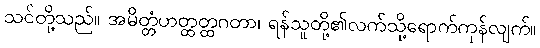
သင်တို့သည်။ အမိတ္တံဟတ္ထတ္ထဂတာ၊ ရန်သူတို့၏လက်သို့ရောက်ကုန်လျက်။